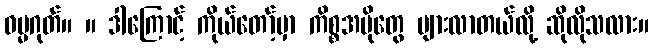
ဓမ္မဂုတ်။ ။ ဒါကြောင့် ကိုယ်တော့်မှာ ကိစ္စအပိုတွေ များလာတယ်လို့ ဆိုလိုသလား။